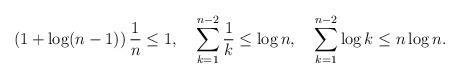
LaTeX: \begin{align*}\left(1+\log(n-1)\right)\frac{1}{n}\leq1,\quad\sum_{k=1}^{n-2}\frac{1}{k}\leq\log n,\quad\sum_{k=1}^{n-2}\log k\leq n\log n.\end{align*}